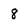
Character: 8